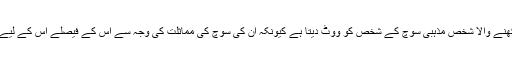
ایک مذہبی سوچ رکھنے والا شخص مذہبی سوچ کے شخص کو ووٹ دیتا ہے کیونکہ ان کی سوچ کی مماثلت کی وجہ سے اس کے فیصلے اس کے لیے بہتر ہو سکتے ہیں۔